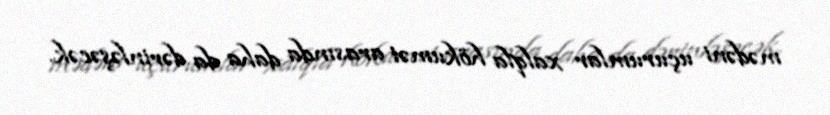
mədəni uçurumlar xalqla hökumət arasında daha da dərinləşəcək.